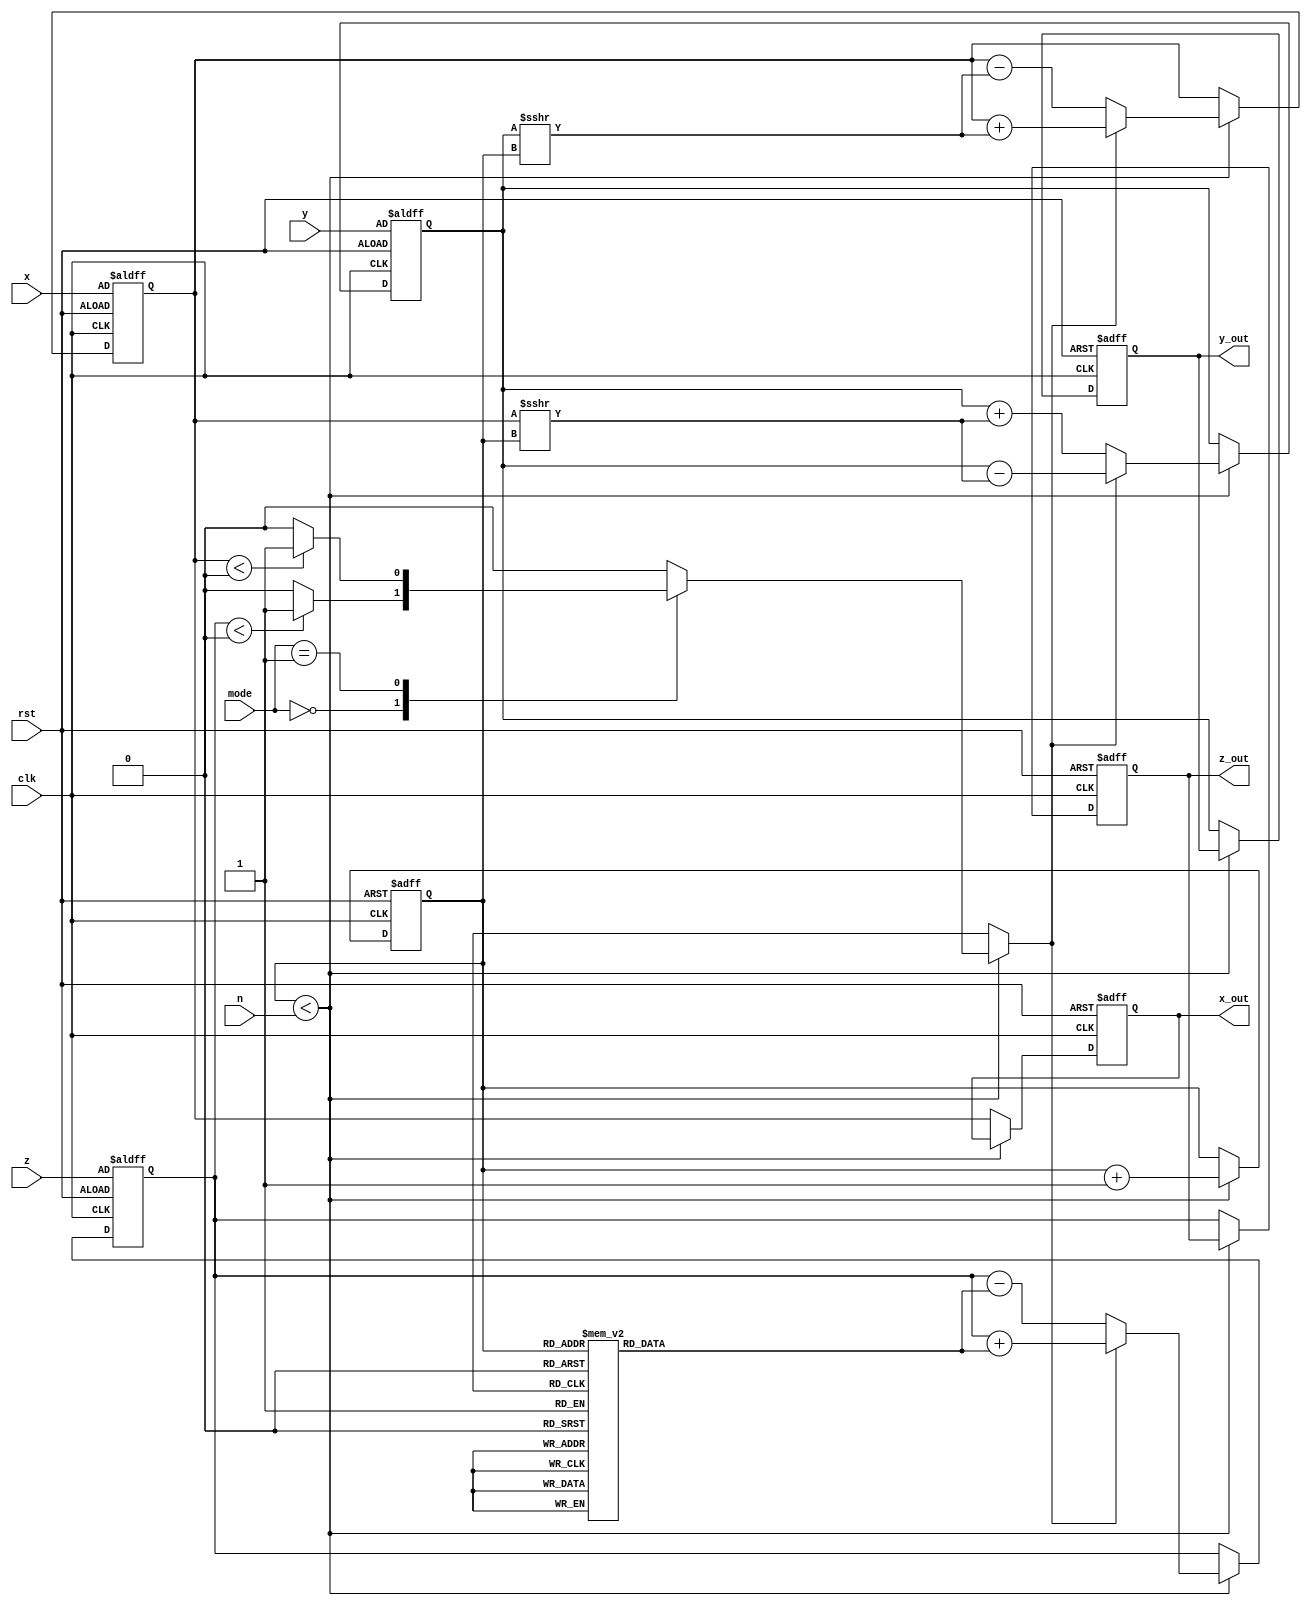
module cordic(
    input wire signed [15:0] x,         // Input x-coordinate
    input wire signed [15:0] y,         // Input y-coordinate
    input wire signed [15:0] z,         // Input angle (rotation)
    input wire [1:0] mode,              // Operation mode (00: rotation, 01: vectoring)
    input wire [3:0] n,                 // Number of iterations
    input wire clk,                     // Clock signal
    input wire rst,                     // Reset signal
    output reg signed [15:0] x_out,     // Output x-coordinate
    output reg signed [15:0] y_out,     // Output y-coordinate
    output reg signed [15:0] z_out       // Output resulting angle
);

    // Constants
    reg signed [15:0] atan_table [0:15]; // Lookup table for arctangent values
    initial begin
        atan_table[0] = 16'h0000; // atan(2^0)
        atan_table[1] = 16'h26DB; // atan(2^-1)
        atan_table[2] = 16'h1C71; // atan(2^-2)
        atan_table[3] = 16'h14AE; // atan(2^-3)
        atan_table[4] = 16'h0E3C; // atan(2^-4)
        atan_table[5] = 16'h07A1; // atan(2^-5)
        atan_table[6] = 16'h039B; // atan(2^-6)
        atan_table[7] = 16'h01D7; // atan(2^-7)
        atan_table[8] = 16'h00EB; // atan(2^-8)
        atan_table[9] = 16'h0075; // atan(2^-9)
        atan_table[10] = 16'h0039; // atan(2^-10)
        atan_table[11] = 16'h001C; // atan(2^-11)
        atan_table[12] = 16'h000E; // atan(2^-12)
        atan_table[13] = 16'h0007; // atan(2^-13)
        atan_table[14] = 16'h0003; // atan(2^-14)
        atan_table[15] = 16'h0001; // atan(2^-15)
    end

    // State variables
    reg [3:0] iter;                     // Iteration counter
    reg signed [15:0] x_reg, y_reg, z_reg; // Internal registers for x, y, z
    reg direction;                      // Direction of rotation

    // FSM for CORDIC iterations
    always @(posedge clk or posedge rst) begin
        if (rst) begin
            x_out <= 0;
            y_out <= 0;
            z_out <= 0;
            iter <= 0;
            x_reg <= x;
            y_reg <= y;
            z_reg <= z;
        end else if (iter < n) begin
            // Determine direction based on mode
            case (mode)
                2'b00: direction = (z_reg < 0) ? 1 : 0; // Rotation mode
                2'b01: direction = (x_reg < 0) ? 1 : 0; // Vectoring mode
                default: direction = 0;
            endcase

            // CORDIC iteration
            if (direction) begin
                // Rotate clockwise
                x_reg <= x_reg + (y_reg >>> iter);
                y_reg <= y_reg - (x_reg >>> iter);
                z_reg <= z_reg + atan_table[iter];
            end else begin
                // Rotate counter-clockwise
                x_reg <= x_reg - (y_reg >>> iter);
                y_reg <= y_reg + (x_reg >>> iter);
                z_reg <= z_reg - atan_table[iter];
            end

            iter <= iter + 1;
        end else begin
            // Output results after iterations are complete
            x_out <= x_reg;
            y_out <= y_reg;
            z_out <= z_reg;
        end
    end

endmodule